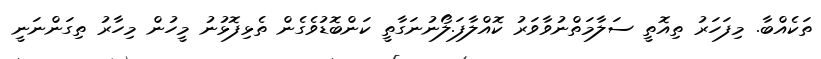
ތަކެއްބާ. މިފަހަރު ތިއޮތީ ސަލާމަތްނުވާވަރު ކޮއްލާފަ.ލޯނުނަގާތީ ކަންބޮޑުވެގެން ތެޅިފޮޅުނު މީހުން މިހާރު ތިގަންނަނީ